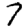
Digit: 7